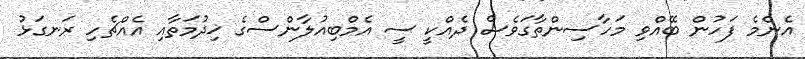
އެންމެ ފަހުން ބޭއްވި މަހާސިންތާގަވެސް ދެއްކީ ސީ އެމްބިއުލާންސްގެ ޚިދުމަތާއި އެއްޗެހި ރަނގަޅު